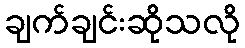
ချက်ချင်းဆိုသလို